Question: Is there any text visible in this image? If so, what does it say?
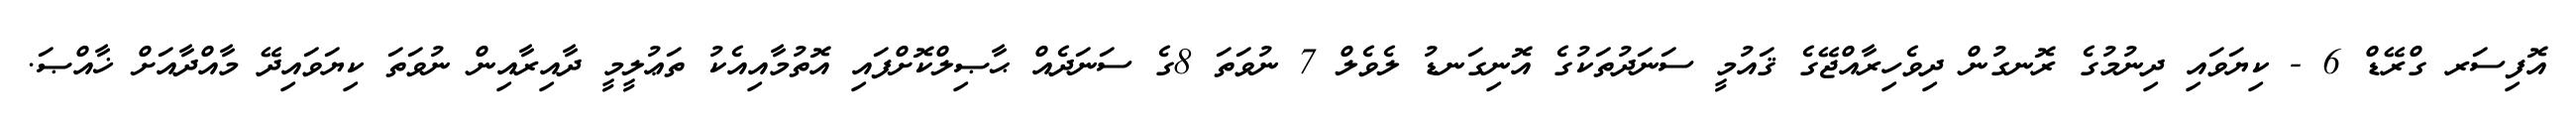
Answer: އޮފިސަރ ގްރޭޑް 6 - ކިޔަވައި ދިނުމުގެ ރޮނގުން ދިވެހިރާއްޖޭގެ ޤައުމީ ސަނަދުތަކުގެ އޮނިގަނޑު ލެވެލް 7 ނުވަތަ 8ގެ ސަނަދެއް ޙާޞިލްކޮށްފައި އޮތުމާއިއެކު ތަޢުލީމީ ދާއިރާއިން ނުވަތަ ކިޔަވައިދޭ މާއްދާއަށް ޚާއްޞަ.